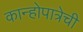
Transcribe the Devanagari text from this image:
कान्होपात्रेची